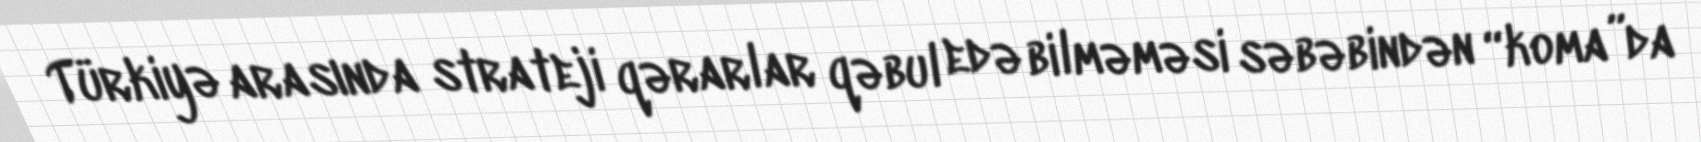
Türkiyə arasında strateji qərarlar qəbul edə bilməməsi səbəbindən “koma”da